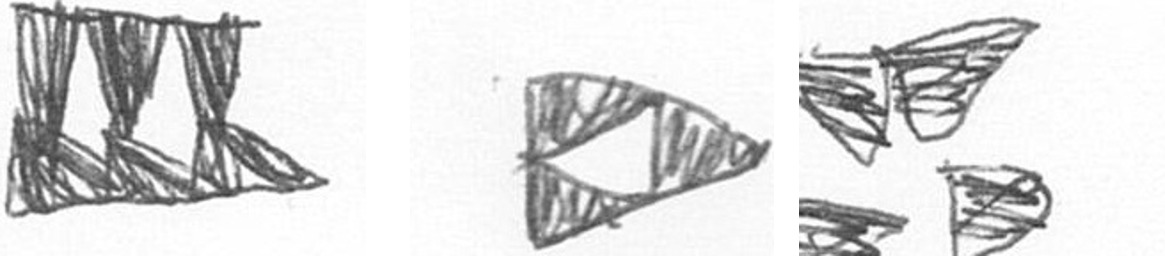
D K B